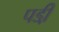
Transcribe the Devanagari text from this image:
पडी़